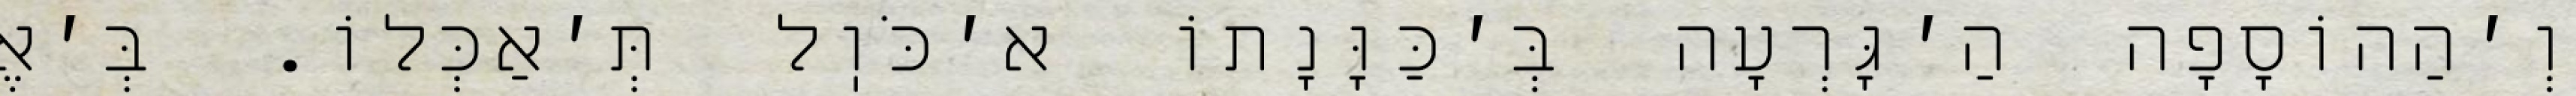
וְ׳הַהוֹסָפָה הַ׳גָּרְעָה בְּ׳כַּוָּנָתוֹ א׳כֹּוֽל תְּ׳אַכְּלוֹ. בְּ׳אֶ